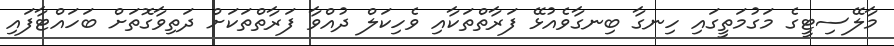
މާލޭސިޓީގެ މަގުމަތީގައި ހިނގާ ބިނގާވެއުޅޭ ފަރާތްތަކާއި ވެހިކަލް ދުއްވާ ފަރާތްތަކަށް ދަތިވާގޮތަށް ބަހައްޓާފައި